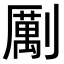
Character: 𠠏